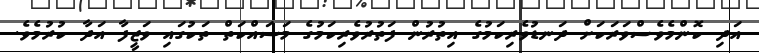
އަދި ކޮންމެވެސްވަރަކަށް ދަނޑުވެރިކަމުގެ އިތުރުން ފަތުރުވެރިކަމުގެ މަސައްކަތް ތަކުގައި ވަޒީފާ އަދާ ކުރުމެވެ.